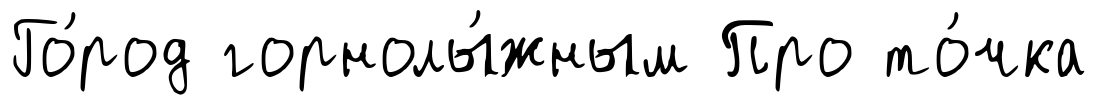
Го́род горнолы́жным Про то́чка